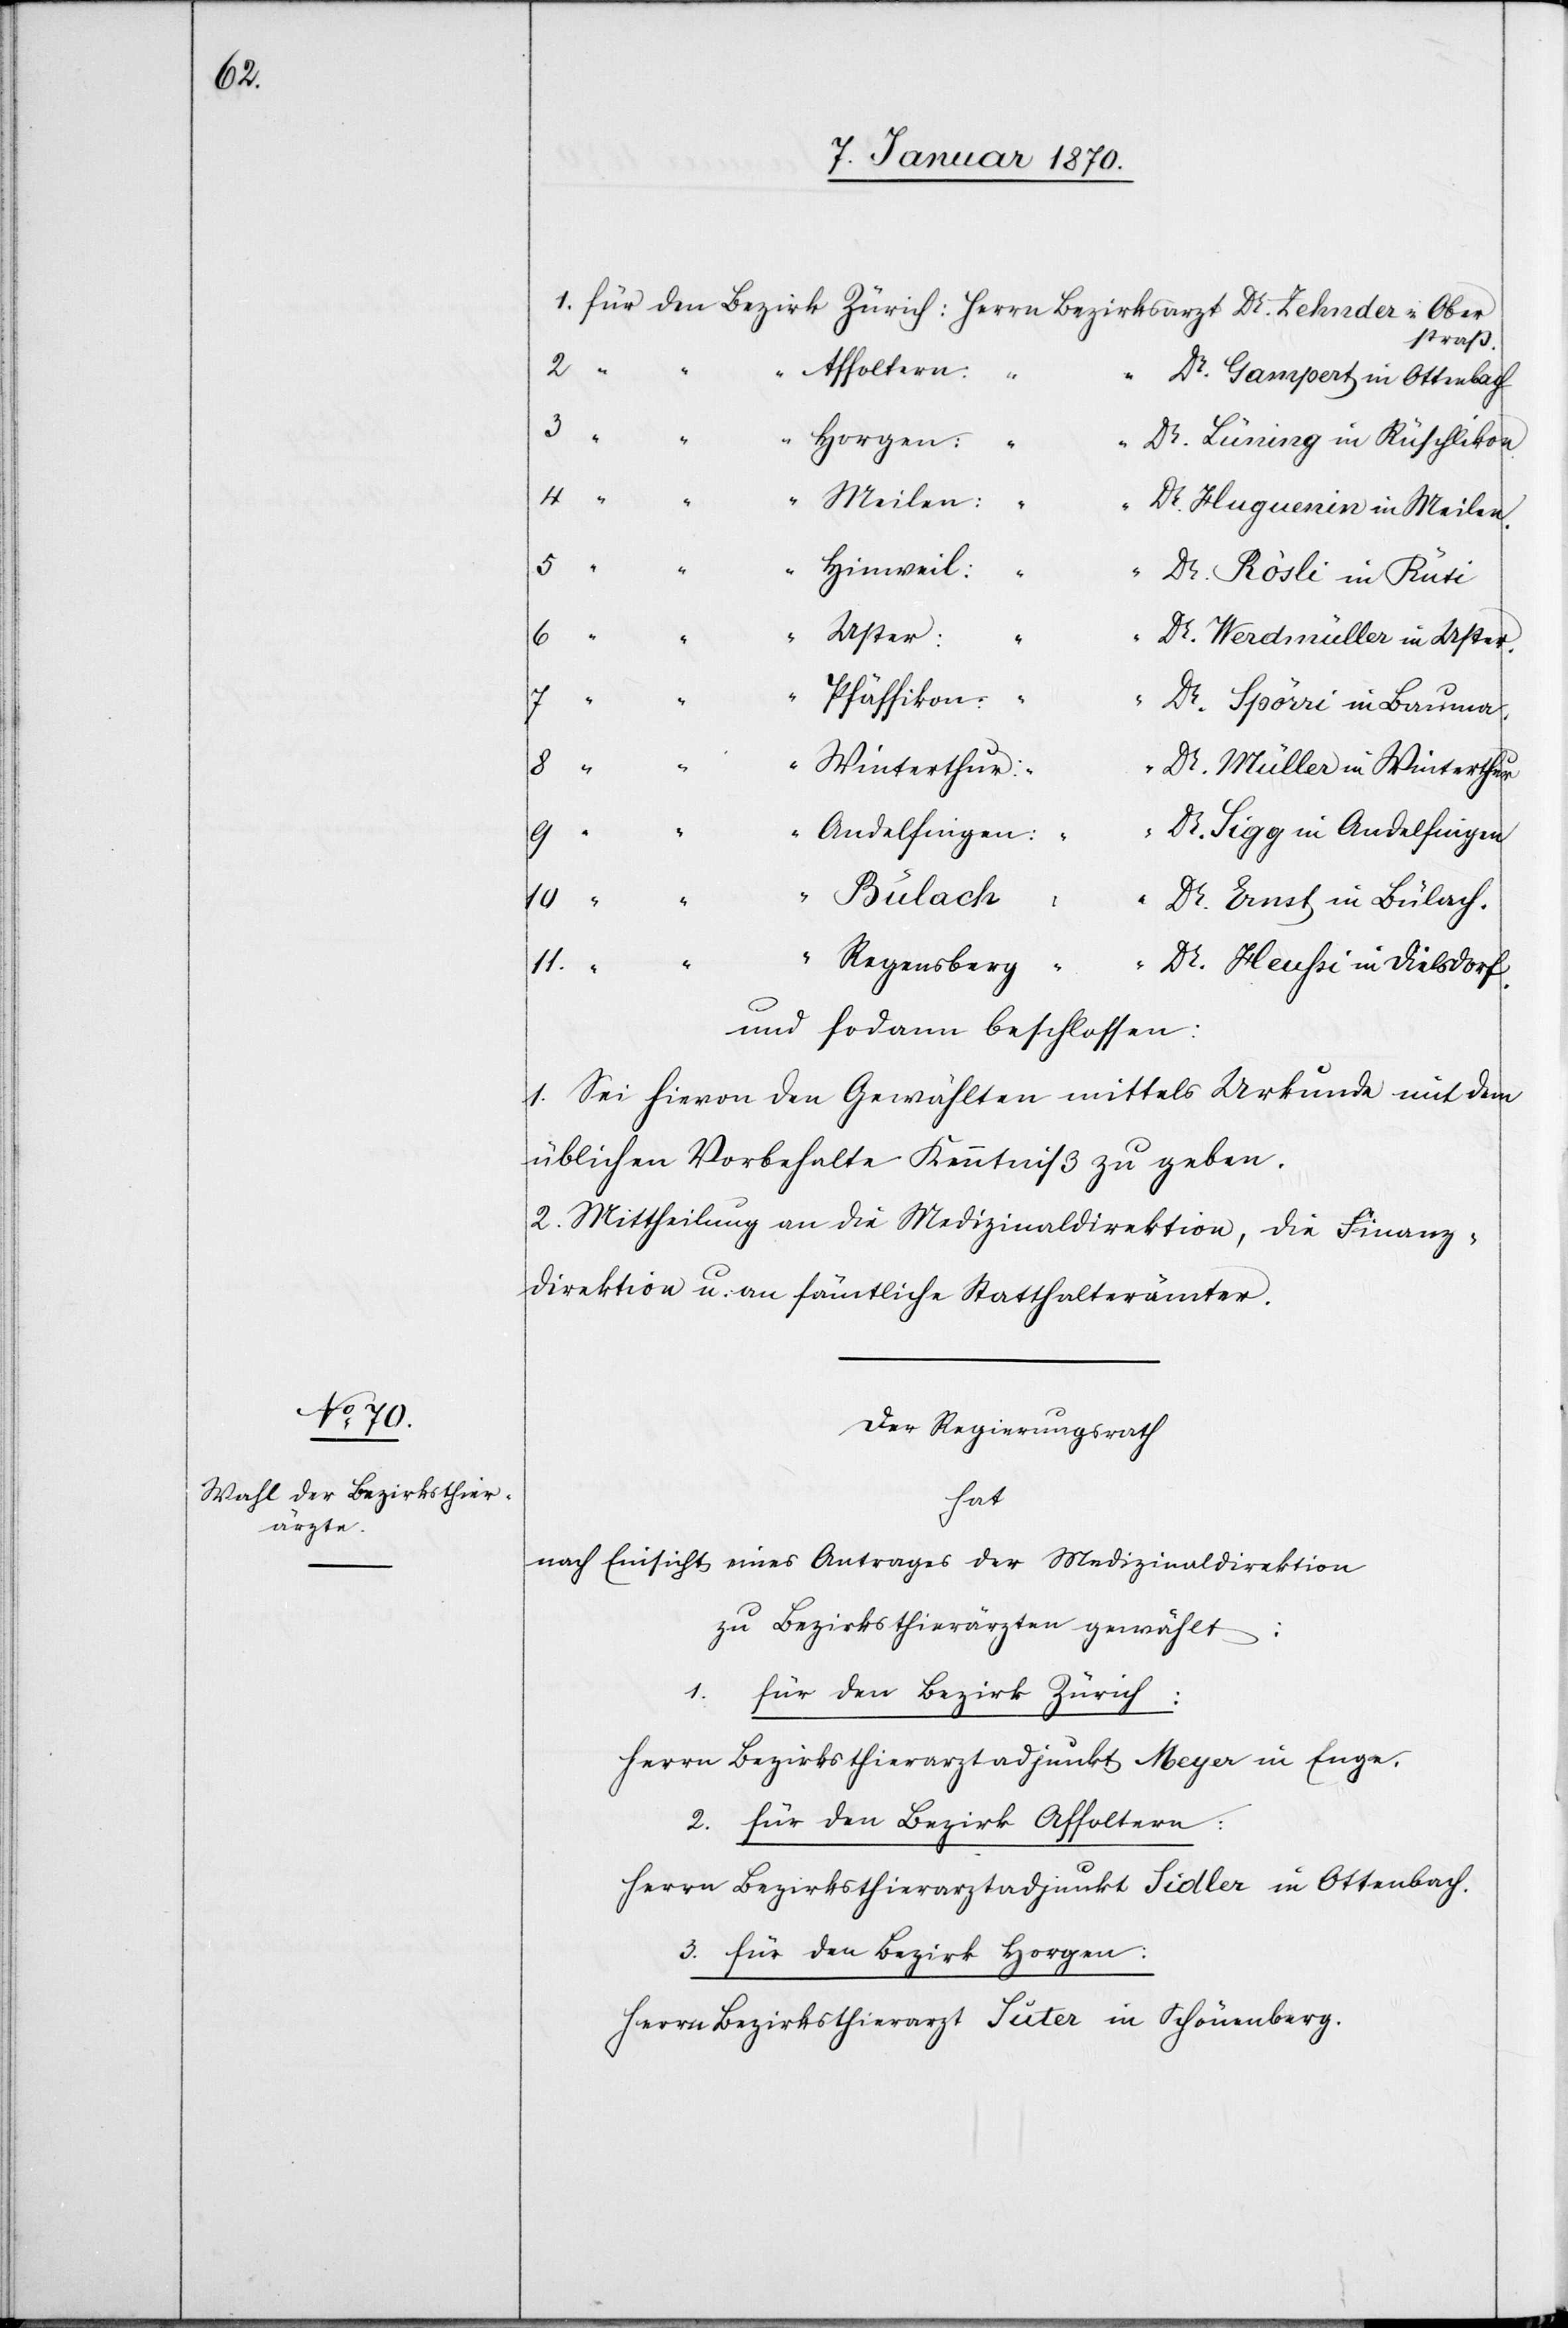
Ober¬

straß.
Affoltern:
“
“
Dr. Gampert in Ottenbach
3.
Horgen:
Dr. Lüning in Rüschlikon.
“
Meilen:
Dr. Huguenin in Meilen.
5.
Hinweil:
“
Dr. Rösli in Rüti
Uster:
6.
Dr. Werdmüller in Uster.
7.
Pfäffikon:
7.
Dr. Spörri in Bauma,
8.
Winterthur:
Dr. Müller in Winterthur
Andelfingen:
Dr. Sigg in Andelfingen
9.
“
“
Dr. Ernst in Bülach.
11.
Regensberg:
“
Dr. Heussi in Dielsdorf.
und sodann beschlossen:
1. Sei hievon den Gewählten mittels Urkunde mit dem
üblichen Vorbehalte Kenntniß zu geben.
2. Mittheilung an die Medizinaldirektion, die Finanz¬
direktion u. an sämtliche Statthalterämter.
Der Regierungsrath
hat
nach Einsicht eines Antrages der Medizinaldirektion
zu Bezirksthierärzten gewählt:
1.
für den Bezirk Zürich:
Herrn Bezirksthierarztadjunkt Meyer in Enge.
2. für den Bezirk Affoltern:
Herrn Bezirksthierarztadjunkt Sidler in Ottenbach.
3. für den Bezirk Horgen:
Herrn Bezirksthierarzt Suter in Schönenberg.